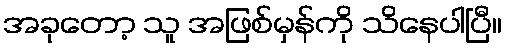
အခုတော့ သူ အဖြစ်မှန်ကို သိနေပါပြီ။